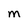
Character: M